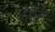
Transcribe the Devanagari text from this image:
सिंतेंग